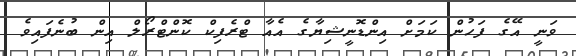
ވަނީ އޭގެ ފަހުން ކަމަށް އިންޑޮނީޝިޔާގެ އެއާ ޓްރެފިކް ކޮންޓްރޯލް އިން ބުނެފައިވެ